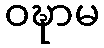
ဝဍ္ဎာမ